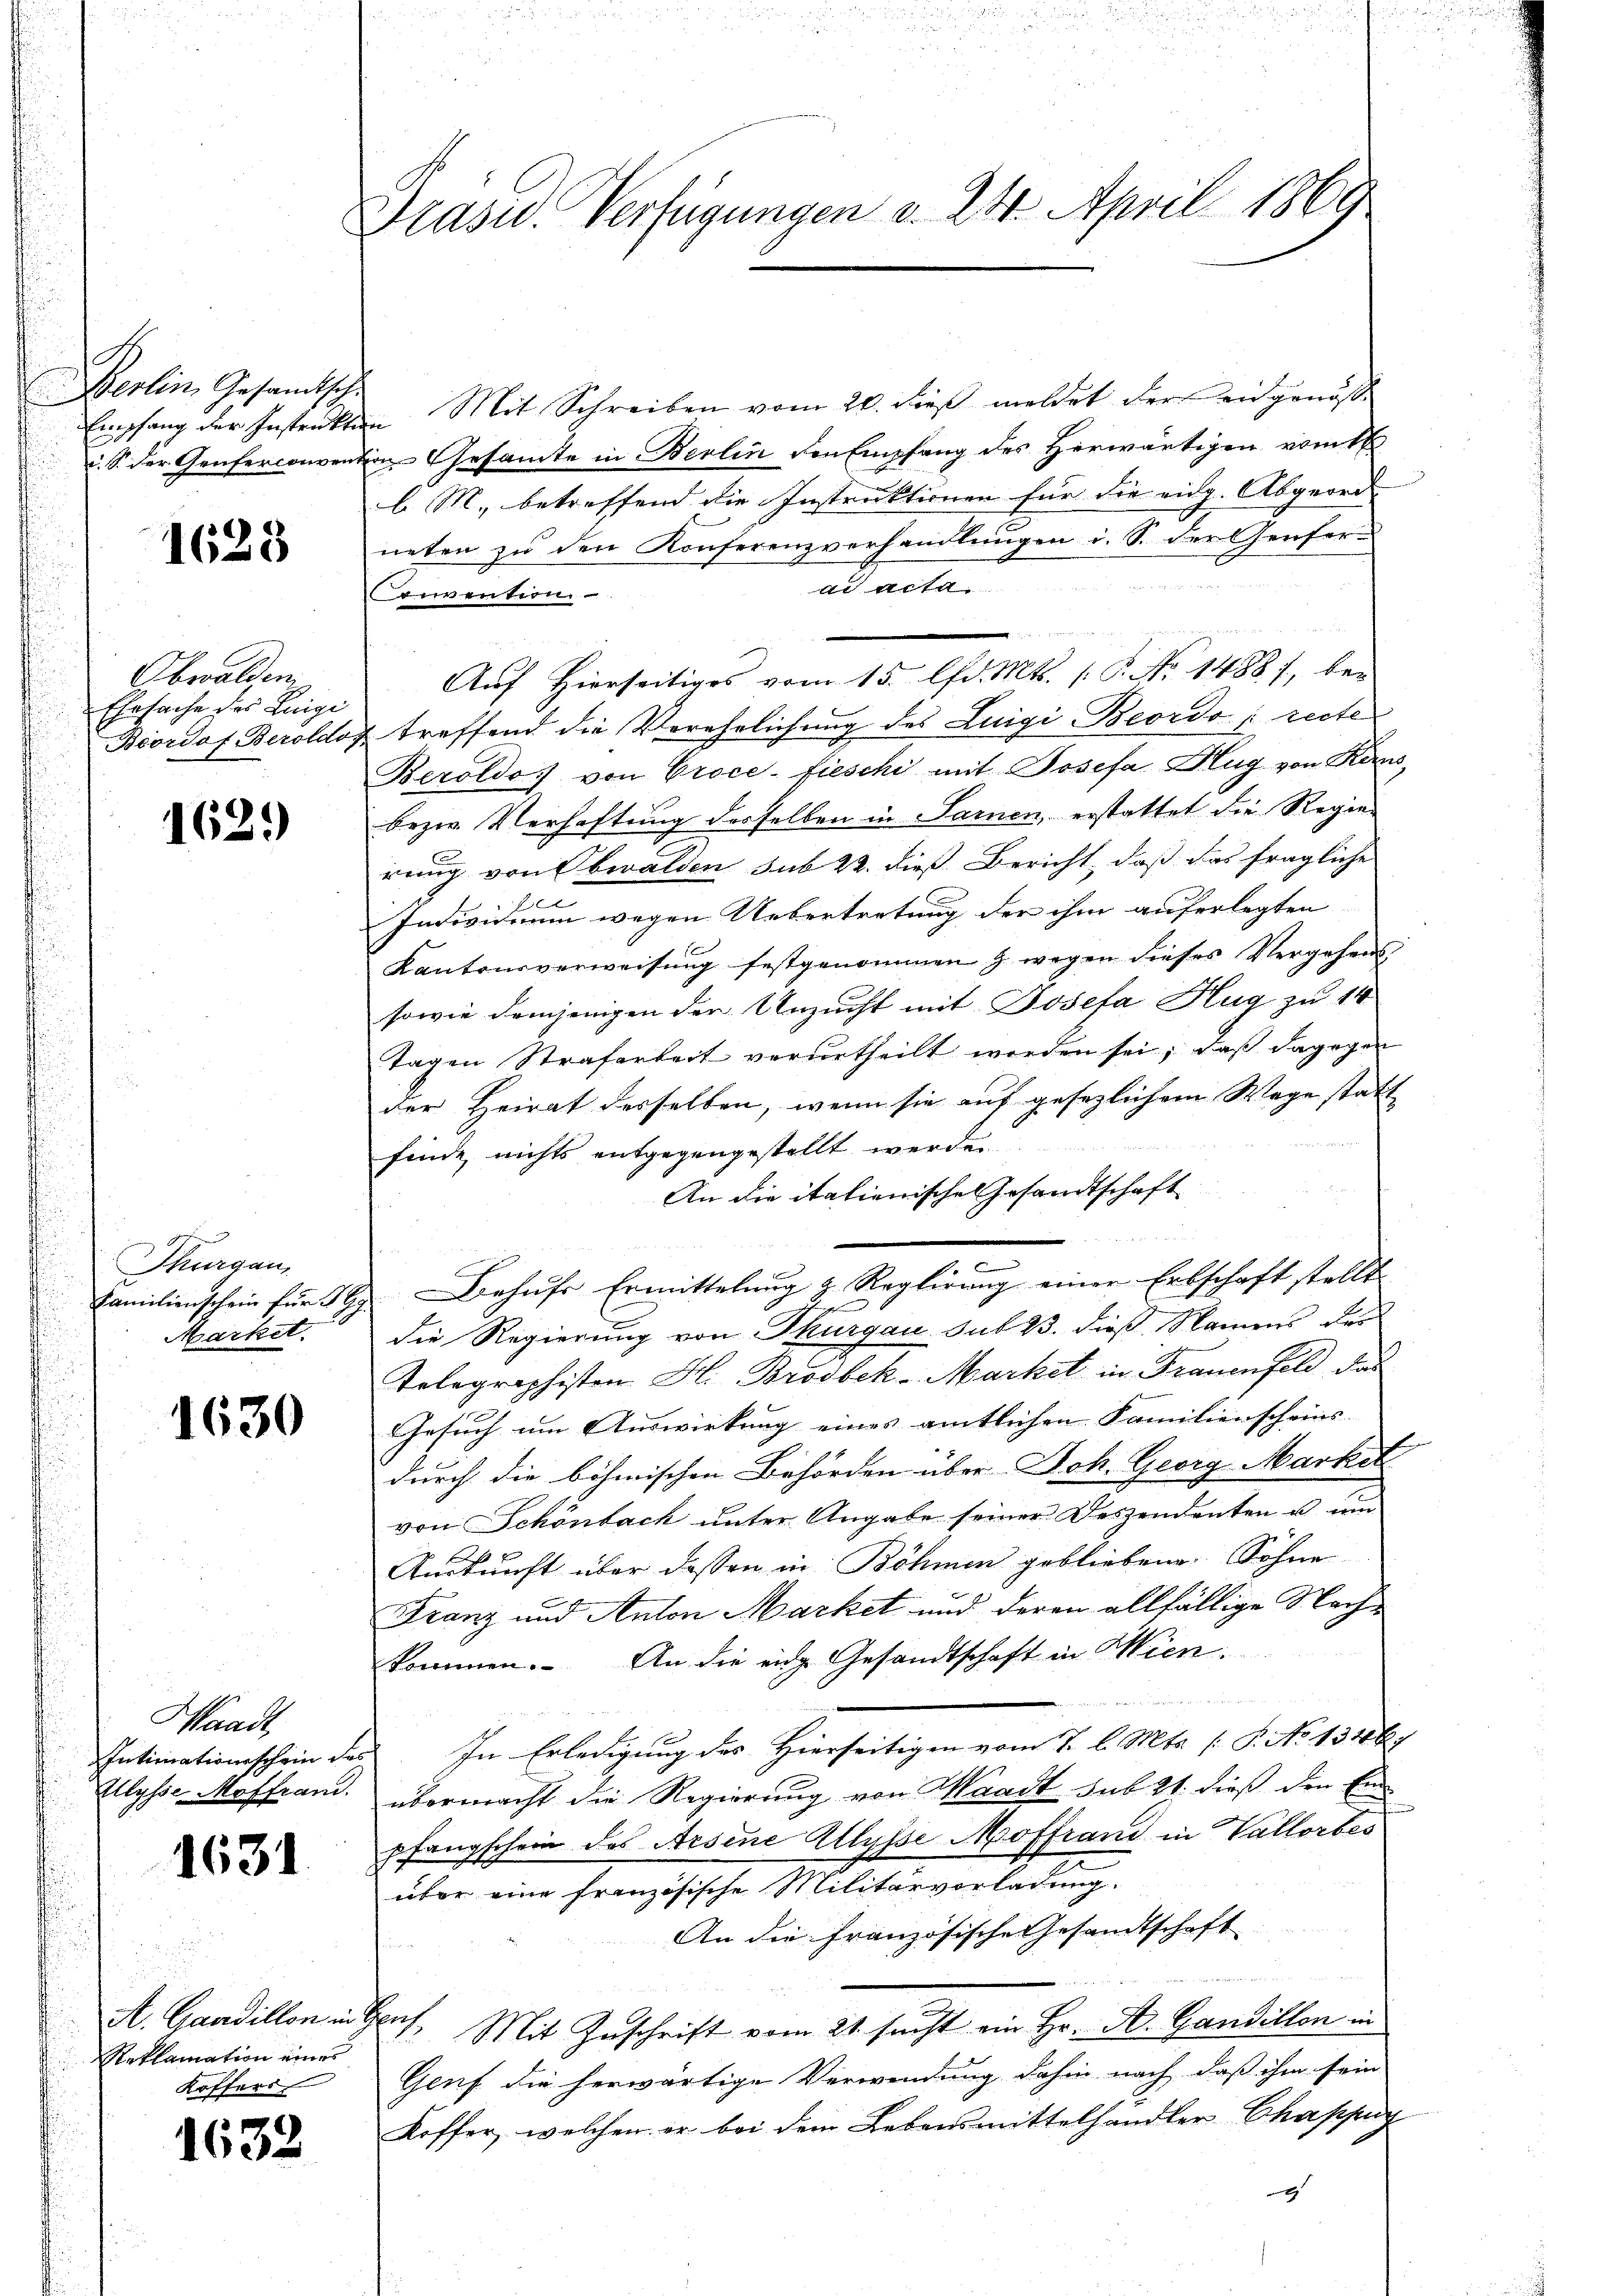
s
Berlin, Gesandtsch.
Empfang der Instrukten
c. S. der Genferconvent

1623

Obwalden
Ehrsache des Luigi
Boordof. Beroldoz

162.)

Thurgau,
Familienschein für 5 Gg.
Market.

1630

Waadt,
Intimationsschein des
Ulysse Moffrand.

1631

A. Gaudillon in G
Reklamation einer
Koffers

1632

Drasu. Verfügungen v. 24. April 1869

Mit Schreiben vom 20. dieβ meldet der eingenosse
e
in Gesamte in Berlin den Empfang des Herwärtigen komt
b M. betreffend die Instruktionen für die eidg. Abgeord-
neten zu den Konferenzverhandlungen i. S. der Genferdi acta.
Convention
Auf Hierseitiges vom 15. d. Mts. (T. No. 14887, bei
treffend die Verehrlichung des Luigi Beordo [recte
Beroldo von Proce-fieschi mit Josefa Hug von Raus
bezw. Verhaftung derselben in Sarnen, erstattet die Regierung von Obwalden sub 22. dieß Bericht, daß das fragliche
Individium wegen Uebertretung der ihm auferlegten
Kantonsverweisung festgenommen & wegen dieses Vergehens-
sowie demjenigen den Unzucht mit Josefa Hug zu 14
Tagen Strafarbeit verurtheilt worden sei, daß dagegen
der Heirat desselben, wenn sie auf gesezlichem Wege statt
finde nichts entgegengestellt werden.
An die italienische Gesandtschaft
Behufs Ermittelung z. Reglirung einer Erbschaft stellt
d
die Regierung von Thurgau sub 23. dieß Namens der
Telegraphisten H. Brosbek-Market in Frauenfeld, das
Gesuch um Auswirkung eines amtlichen Familienscheins- |
durch die böhmischen Behörden über Joh. Georg Market
von Schönbach unter Angabe seiner Deszendenten u um
Auskunft über dessen in Böhmen gebliebene Söhne
Franz und Anton Market und deren allfällige Nachkommen. An die eidg. Gesandtschaft in Wien.
In Erledigung des Hierseitigen vom 7. l. Mts. [P. No 1346)
übermacht die Regierung von Waadt sub 21. dieß den Ein
pfangschein des Arsene Allysse Moffrand in Vallorbes
über eine französische Militärvorladung.
An die französische Gesandtschaft
u
auf. Mit Zuschrift vom 21. sucht ein Hr. A. Gandillon in
Genf die herwärtige Verwendung dahin nach daß ihm sein
Koffer, welchen er bei dem Lebensmittelhandler Chappuy
g